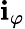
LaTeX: \mathbf{i}_{\varphi}